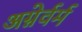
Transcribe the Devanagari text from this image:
अग्नेर्वर्म